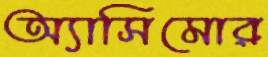
অ্যাসিমোর